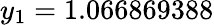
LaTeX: y_{1}=1.066869388